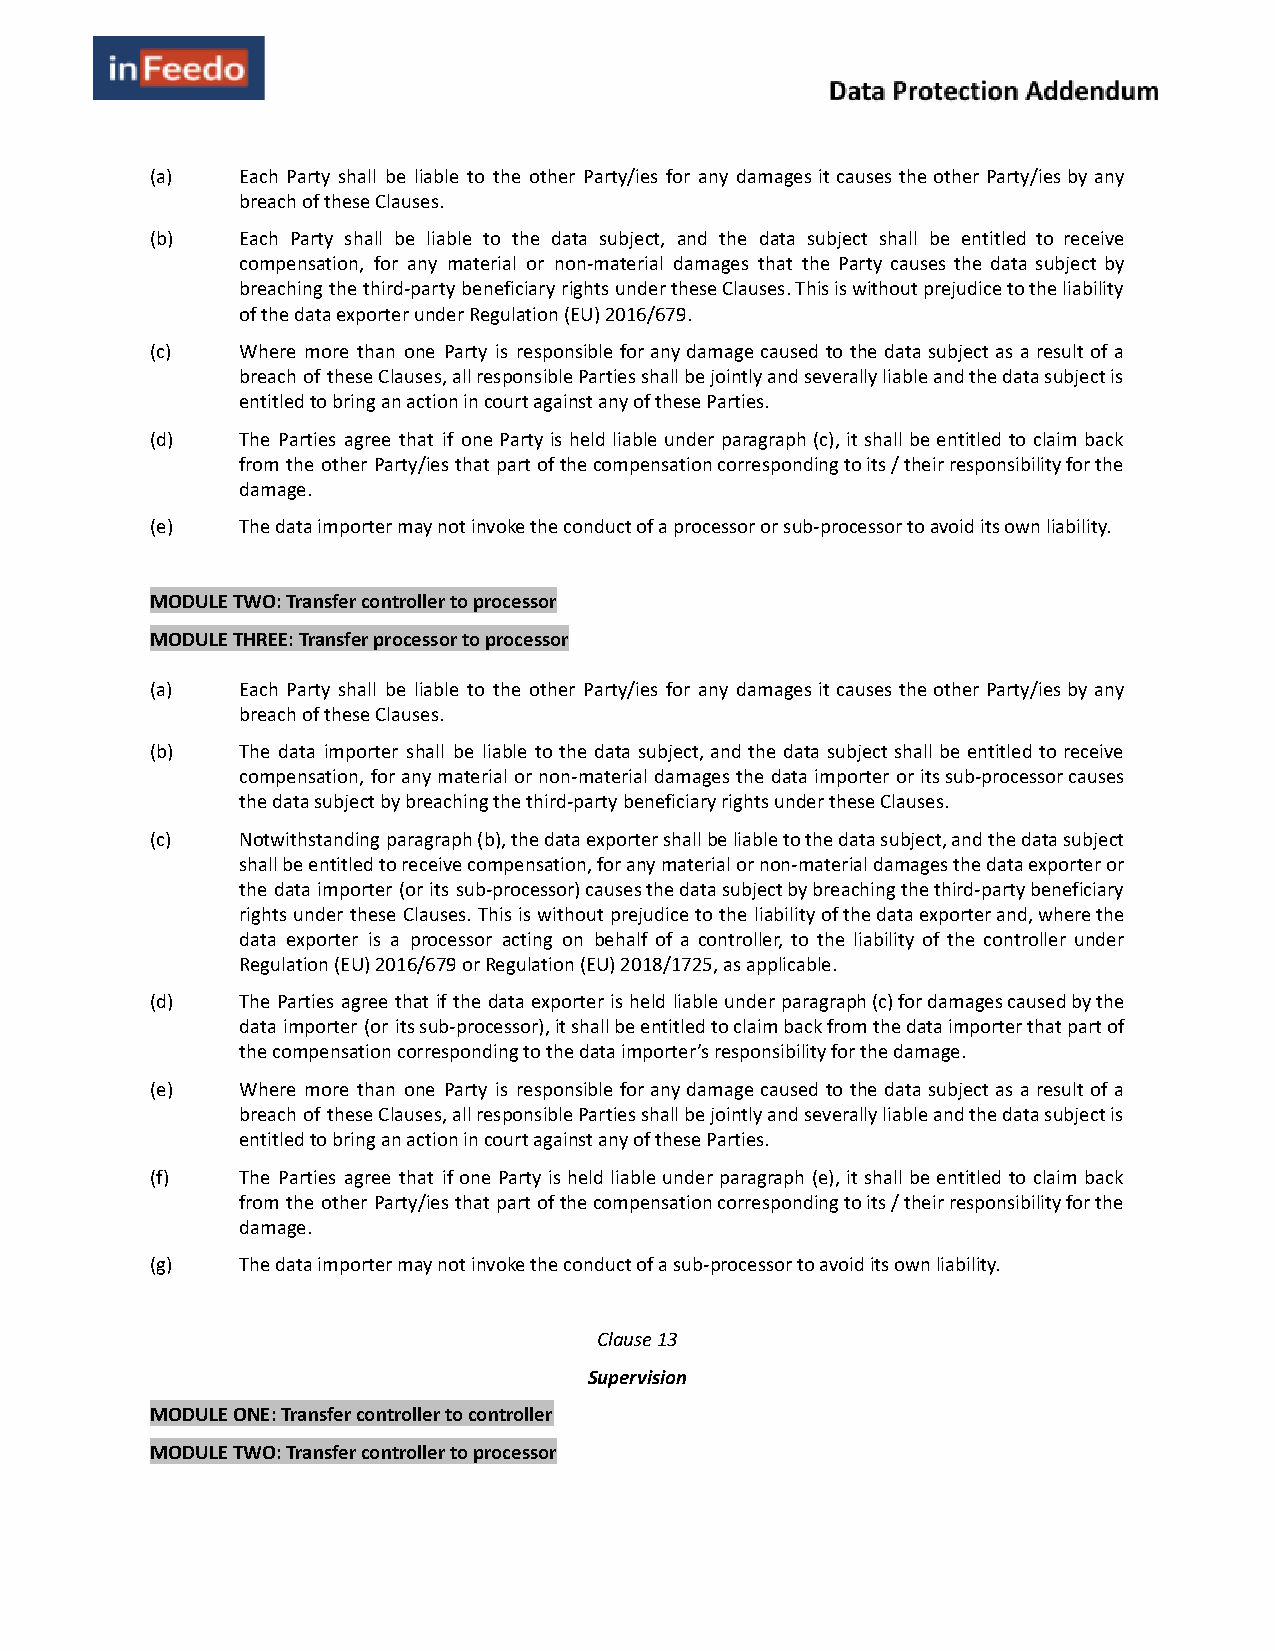
(a)   Each Party shall be liable to the other Party/ies for any damages it causes the other Party/ies by any
 breach of these Clauses.
 (b)   Each Party shall be liable to the data subject, and the data subject shall be entitled to receive
 compensation, for any material or non-material damages that the Party causes the data subject by
 breaching the third-party beneficiary rights under these Clauses. This is without prejudice to the liability
 of the data exporter under Regulation (EU) 2016/679.
 (c)   Where more than one Party is responsible for any damage caused to the data subject as a result of a
 breach of these Clauses, all responsible Parties shall be jointly and severally liable and the data subject is
 entitled to bring an action in court against any of these Parties.
 (d)   The Parties agree that if one Party is held liable under paragraph (c), it shall be entitled to claim back
 from the other Party/ies that part of the compensation corresponding to its / their responsibility for the
 damage.
 (e)   The data importer may not invoke the conduct of a processor or sub-processor to avoid its own liability.
 MODULE TWO: Transfer controller to processor
 MODULE THREE: Transfer processor to processor
 (a)   Each Party shall be liable to the other Party/ies for any damages it causes the other Party/ies by any
 breach of these Clauses.
 (b)   The data importer shall be liable to the data subject, and the data subject shall be entitled to receive
 compensation, for any material or non-material damages the data importer or its sub-processor causes
 the data subject by breaching the third-party beneficiary rights under these Clauses.
 (c)   Notwithstanding paragraph (b), the data exporter shall be liable to the data subject, and the data subject
 shall be entitled to receive compensation, for any material or non-material damages the data exporter or
 the data importer (or its sub-processor) causes the data subject by breaching the third-party beneficiary
 rights under these Clauses. This is without prejudice to the liability of the data exporter and, where the
 data exporter is a processor acting on behalf of a controller, to the liability of the controller under
 Regulation (EU) 2016/679 or Regulation (EU) 2018/1725, as applicable.
 (d)   The Parties agree that if the data exporter is held liable under paragraph (c) for damages caused by the
 data importer (or its sub-processor), it shall be entitled to claim back from the data importer that part of
 the compensation corresponding to the data importer’s responsibility for the damage.
 (e)   Where more than one Party is responsible for any damage caused to the data subject as a result of a
 breach of these Clauses, all responsible Parties shall be jointly and severally liable and the data subject is
 entitled to bring an action in court against any of these Parties.
 (f)   The Parties agree that if one Party is held liable under paragraph (e), it shall be entitled to claim back
 from the other Party/ies that part of the compensation corresponding to its / their responsibility for the
 damage.
 (g)   The data importer may not invoke the conduct of a sub-processor to avoid its own liability.
 Clause 13
 Supervision
 MODULE ONE: Transfer controller to controller
 MODULE TWO: Transfer controller to processor